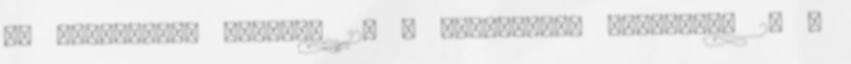
az igazságért Kínában 12. A buddhizmus istenképe 2. A